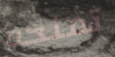
تمنحه